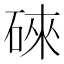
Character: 䂾